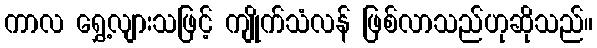
ကာလ ရွှေ့လျားသဖြင့် ကျိုက်သံလန် ဖြစ်လာသည်ဟုဆိုသည်။